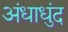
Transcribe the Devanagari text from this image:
अंधाधुंद